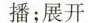
播；展开